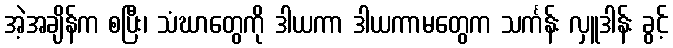
အဲ့အချိန်က စပြီး၊ သံဃာတွေကို ဒါယကာ ဒါယကာမတွေက သင်္ကန်း လှူဒါန်း ခွင့်